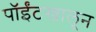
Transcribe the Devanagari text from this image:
पॉईंटखालून